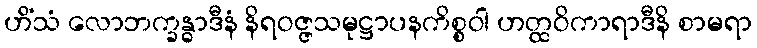
ဟိံသံ လောဘက္ခန္ဓာဒီနံ နိရဝဇ္ဇသမုဋ္ဌာပနကိစ္စဝါ ဟတ္ထဝိကာရာဒီနိ စာမရာ